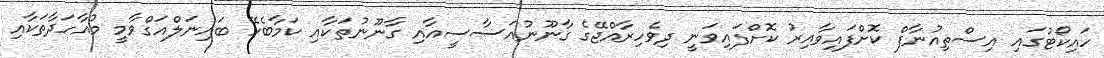
ހައިކޯޓުގައި އިސްތިއުނާފް ކޮށްފައިވާއިރު ކޮށްފައިވަނީ ދިވެހިރާއްޖޭގެ ގާނޫނުއަސާސީއާއި ގާނޫނުތަކާއި ކަމާބެހޭ ބައިނަލްއަގްވާމީ މުއާހަދާތަކާއި